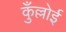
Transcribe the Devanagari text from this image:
कुँल्लोई